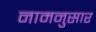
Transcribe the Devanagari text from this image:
नामनुसार